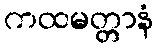
ကထမတ္တာနံ